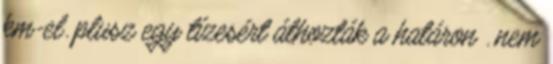
km-el. plusz egy tízesért áthozták a határon . nem